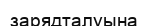
зарядталуына